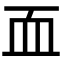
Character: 𮕜